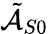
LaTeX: \tilde{\mathcal{A}}_{S0}